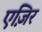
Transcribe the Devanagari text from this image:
एज़िर